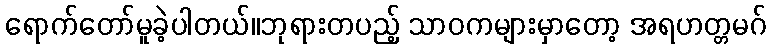
ရောက်တော်မူခဲ့ပါတယ်။ဘုရားတပည့် သာဝကများမှာတော့ အရဟတ္တမဂ်